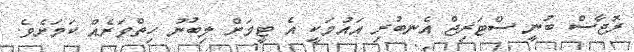
ރޮޖާސް ބުނީ ސްޓަރިޖް އެނބުރި އަައުމަކީ އެ ޓީމަށް ލިބުނު ހިތްވަރެއް ކަމަށެވެ.